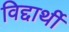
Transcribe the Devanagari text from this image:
विद्दार्थी